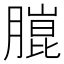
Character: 𮌴